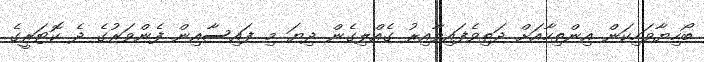
ބޯހިޔާވަހިކަން އިންތިހާއަށް ދަތިވެފައިވާއިރު ގެއްލިގެން ދިޔަ މި ފައިސާއިން ފެންވަރުގެ ދެ ކޮޓަރީގެ